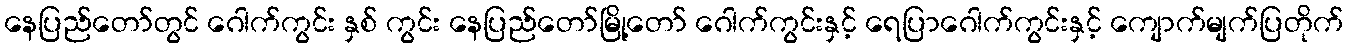
နေပြည်တော်တွင် ဂေါက်ကွင်း နှစ် ကွင်း နေပြည်တော်မြို့တော် ဂေါက်ကွင်းနှင့် ရေပြာဂေါက်ကွင်းနှင့် ကျောက်မျက်ပြတိုက်